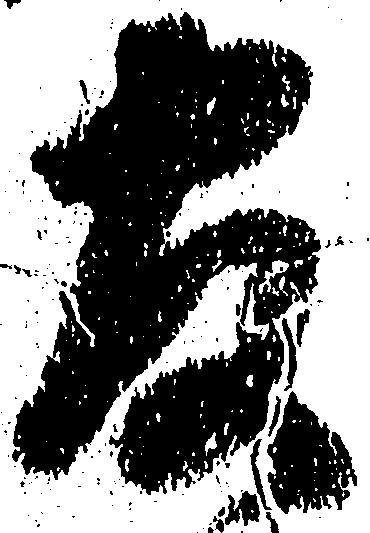
官